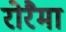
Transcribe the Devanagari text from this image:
रोरैमा